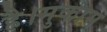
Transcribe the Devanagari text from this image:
है।मुकाम